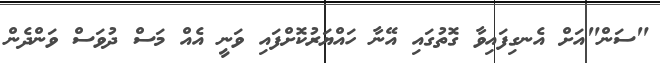
"ސަން"އަށް އެނގިފައިވާ ގޮތުގައި އޭނާ ހައްޔަރުކޮށްފައި ވަނީ އެއް މަސް ދުވަސް ވަންދެން